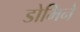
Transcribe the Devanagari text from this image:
डोमिने